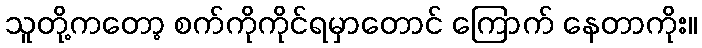
သူတို့ကတော့ စက်ကိုကိုင်ရမှာတောင် ကြောက် နေတာကိုး။